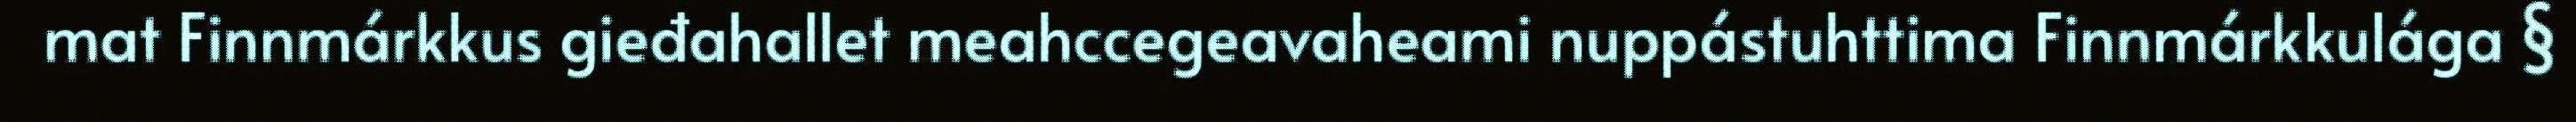
mat Finnmárkkus gieđahallet meahccegeavaheami nuppástuhttima Finnmárkkulága §